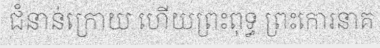
ជំនាន់ក្រោយ ហើយព្រះពុទ្ធ ព្រះកោរនាគ